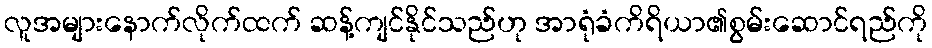
လူအများနောက်လိုက်ထက် ဆန့်ကျင်နိုင်သည်ဟု အာရုံခံကိရိယာ၏စွမ်းဆောင်ရည်ကို